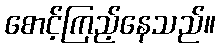
စောင့်ကြည့်နေသည်။